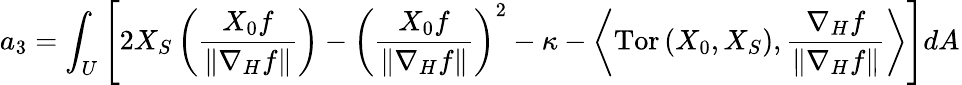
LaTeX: a_{3}=\int_{U}\left[2X_{S}\left(\frac{X_{0}f}{\left\| \nabla_{H}f\right\| }\right)-\left(\frac{X_{0}f}{\left\| \nabla_{H}f\right\| }\right)^{2}-\kappa-\left\langle\mathrm{Tor}\left(X_{0},X_{S}\right),\frac{\nabla_{H}f}{\left\| \nabla_{H}f\right\| }\right\rangle\right]dA_{}